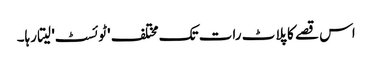
اس قصے کا پلاٹ رات تک مختلف 'ٹوئسٹ' لیتا رہا۔